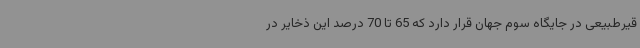
قیرطبیعی در جایگاه سوم جهان قرار دارد که 65 تا 70 درصد این ذخایر در